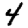
Digit: 4